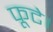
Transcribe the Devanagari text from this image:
फूटे।